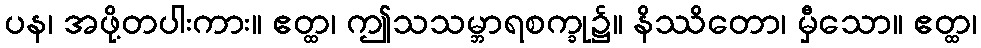
ပန၊ အဖို့တပါးကား။ ဧတ္ထ၊ ဤသသမ္ဘာရစက္ခု၌။ နိဿိတော၊ မှီသော။ ဧတ္ထ၊